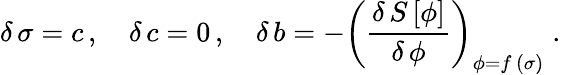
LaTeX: \delta\, \sigma=c\, ,\quad\delta\, c=0\, ,\quad\delta\, b=-\left(\frac{\delta\, S\, [\phi]}{\delta\, \phi}\right)_{\phi=f\, (\sigma)}\; .